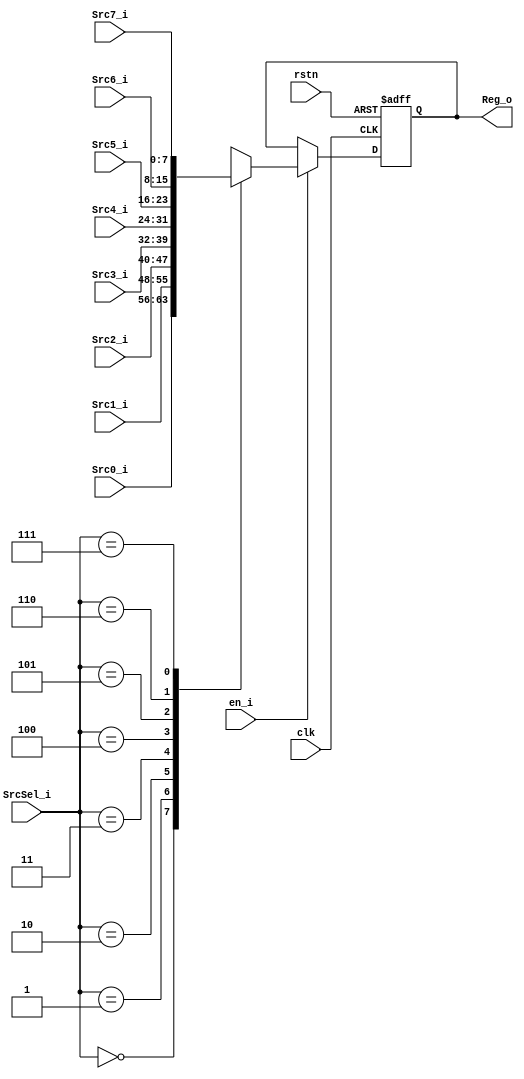
module GeneralReg(
    input   wire                clk,
    input   wire                rstn,

    input   wire[2:0]           SrcSel_i,
    input   wire                en_i,

    input   wire[7 : 0]         Src0_i,
    input   wire[7 : 0]         Src1_i,
    input   wire[7 : 0]         Src2_i,
    input   wire[7 : 0]         Src3_i,
    input   wire[7 : 0]         Src4_i,
    input   wire[7 : 0]         Src5_i,
    input   wire[7 : 0]         Src6_i,
    input   wire[7 : 0]         Src7_i,
    


    output  wire[7 : 0]         Reg_o

);

reg[7 : 0]    SelData;
always @(*) begin
    case(SrcSel_i)
        3'h0:       SelData <= Src0_i;
        3'h1:       SelData <= Src1_i;
        3'h2:       SelData <= Src2_i;
        3'h3:       SelData <= Src3_i;
        3'h4:       SelData <= Src4_i;
        3'h5:       SelData <= Src5_i;
        3'h6:       SelData <= Src6_i;
        3'h7:       SelData <= Src7_i;
        default:    SelData <= 8'hx;
    endcase
end

reg[7 : 0]    RegData;
always @(posedge clk or negedge rstn) begin
    if(~rstn)   
        RegData <= 8'h0;
    else if(en_i) 
        RegData <= SelData;
    else        
        RegData <= RegData;
end

assign Reg_o = RegData;

endmodule